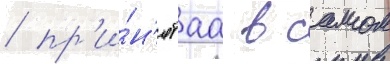
/ пр'и́н'ятаа в самом